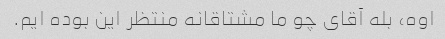
اوه، بله آقای چو ما مشتاقانه منتظر این بوده ایم.